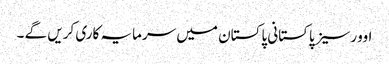
اوورسیز پاکستانی پاکستان میں سرمایہ کاری کریں گے ۔